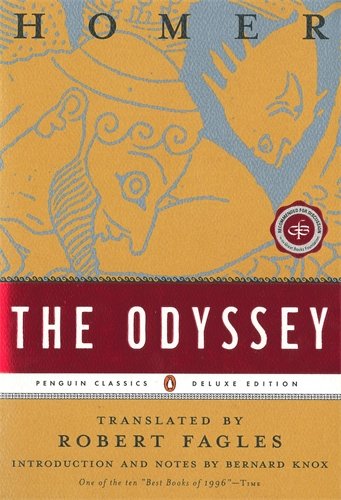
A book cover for The Odyssey; Homer; Literature & Fiction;